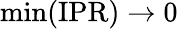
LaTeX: \operatorname*{min}(\mathrm{IPR})\rightarrow 0